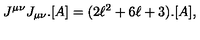
J ^ { \mu \nu } J _ { \mu \nu } . [ A ] = ( 2 \ell ^ { 2 } + 6 \ell + 3 ) . [ A ] ,